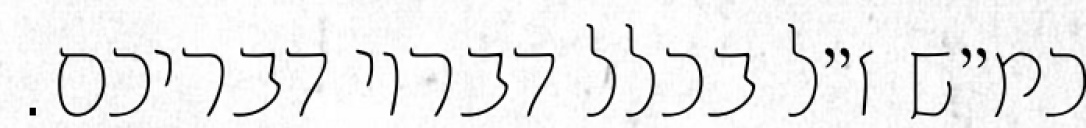
כמ״ש ז״ל בכלל דבריו דבריכם.